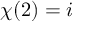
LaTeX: \chi ( 2 ) = i